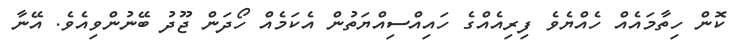
ކޮން ހިތާމައެއް ހެއްޔެވެ ފިރިއެއްގެ ހައިއްސިއްޔަތުން އެކަމެއް ހޯދަން ޖޫދު ބޭނުންވިއެވެ. އޭނާ